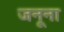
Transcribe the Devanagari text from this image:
जनूना